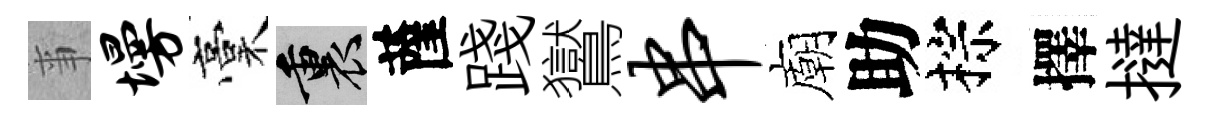
亊墁稾裏薩踐鸑串廟助棕擇撻